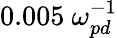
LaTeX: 0.005~\omega_{pd}^{-1}